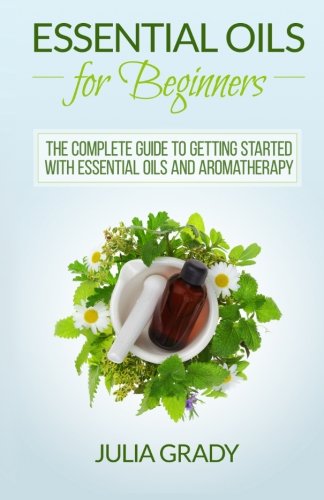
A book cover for Essential Oils for Beginners: The Complete Guide to Getting Started with Essential Oils and Aromatherapy; Julia Grady; Health, Fitness & Dieting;